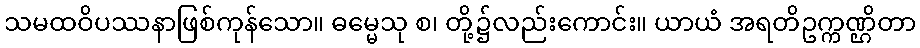
သမထဝိပဿနာဖြစ်ကုန်သော။ ဓမ္မေသု စ၊ တို့၌လည်းကောင်း။ ယာယံ အရတိဥက္ကဏ္ဌိတာ